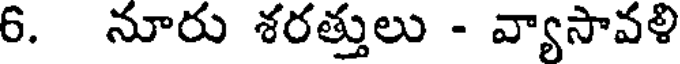
6. నూరు శరత్తులు - వ్యాసావళి